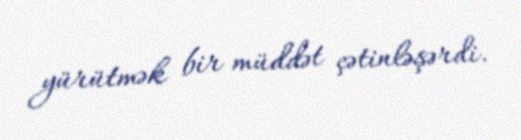
yürütmək bir müddət çətinləşərdi.